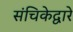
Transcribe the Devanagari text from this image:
संचिकेद्वारे